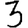
Digit: 3